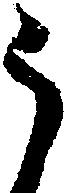
う